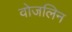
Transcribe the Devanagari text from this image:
वोजलिन